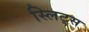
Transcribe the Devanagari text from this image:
स्लिट्स